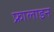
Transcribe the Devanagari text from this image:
फ्रालाइन